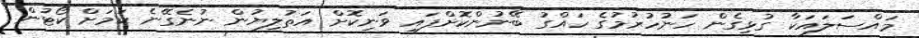
މައްސަލައަކާ ގުޅިގެން ހަނުހުރުމުގެ ހައްގު ބޭނުންކޮށްފައި ވަނިކޮށް އަތުލިޔުން ނުނެގޭނެ ކަމަށް ކޯޓުން